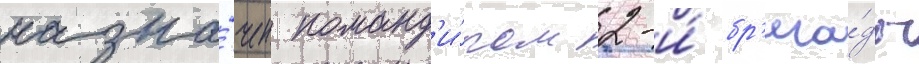
назна́чен команд'и́ром 2-и́ бр'ига́ды